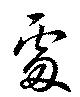
處